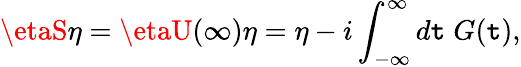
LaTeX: \etaS\eta=\etaU(\infty)\eta=\eta-i\int_{-\infty}^{\infty}d\mathtt{t}\; G(\mathtt{t}),